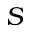
S